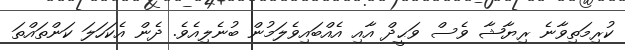
ކުރިމަތިވާނެ ރިޔާޝާ ވެސް ވަޙީދް އާއި އެއްބައިވެލަމުން ބުނެލިއެވެ. ދެން އެކަހަލަ ކަންތައްތަ